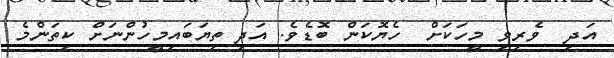
އަދި  ވެރިވި މީހަކަށް  ހެޔޮކަން ބޮޑެވެ. އަދި ތިޔަބައިމީހުންނަށް ކިތަންމެ